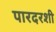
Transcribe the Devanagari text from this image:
पारदरशी